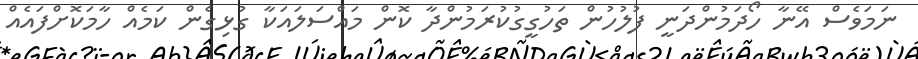
ނަމަވެސް އޭނާ ހޯދަމުންދަނީ ފުލުހުން ތަހުގީގުކުރަމުންދާ ކޮން މައްސަލައަކާ ގުޅިގެން ކަމެއް ހާމަކޮށްފައެއް